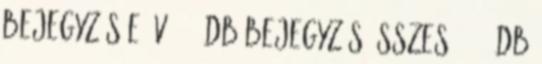
bejegyzés e év: 102 db bejegyzés Összes: 5249 db